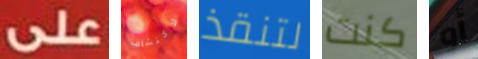
على لاكتشاف لتنقذ كنت أو